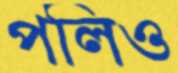
পলিও